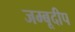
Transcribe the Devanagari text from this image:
जम्बूदीप